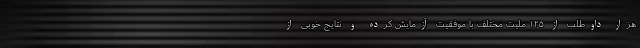
هزار داوطلب از ۱۲۵ ملیت مختلف با موفقیت آزمایش کرده و نتایج خوبی از